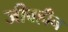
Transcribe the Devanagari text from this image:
जीवहीन